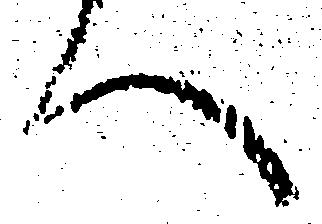
へ